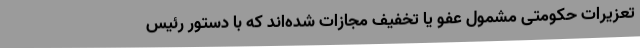
تعزیرات حکومتی مشمول عفو یا تخفیف مجازات شده‌اند که با دستور رئیس